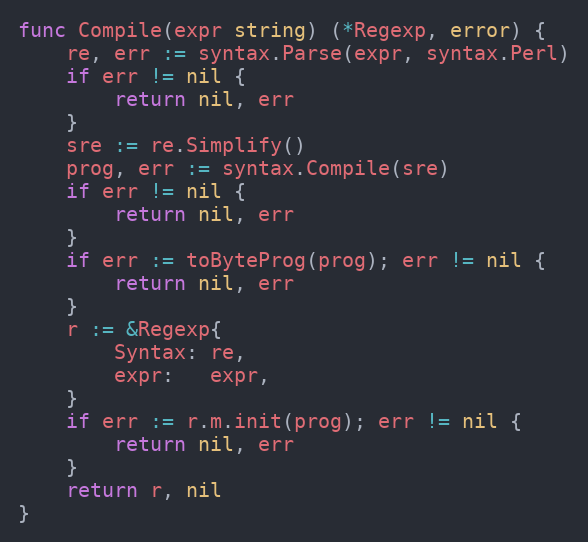
Language: Go
func Compile(expr string) (*Regexp, error) {
	re, err := syntax.Parse(expr, syntax.Perl)
	if err != nil {
		return nil, err
	}
	sre := re.Simplify()
	prog, err := syntax.Compile(sre)
	if err != nil {
		return nil, err
	}
	if err := toByteProg(prog); err != nil {
		return nil, err
	}
	r := &Regexp{
		Syntax: re,
		expr:   expr,
	}
	if err := r.m.init(prog); err != nil {
		return nil, err
	}
	return r, nil
}